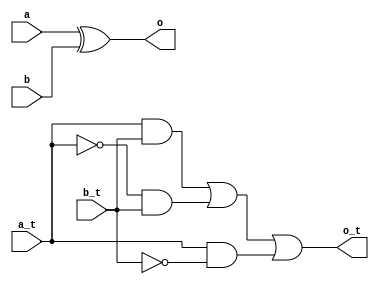
module glfit_xor (input a, input b, input a_t, input b_t, output o, output o_t);
  
  wire an_t, bn_t, an, bn;
  
  wire i1, i6, i7;
  
  
  not not1 (an_t, a_t);
  
  not not2 (bn_t, b_t);
    
  
  and and1 (i1, a_t, b_t);
  
  
  // XOR GATE 
  
  and and6 (i6, an_t, b_t);
  
  and and7 (i7, a_t, bn_t);
  
  or or3 (o_t, i1, i6, i7);
  
  //REGULAR XOR
  
  xor xor1 (o, a, b);
  
  
endmodule